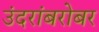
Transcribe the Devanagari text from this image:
उंदरांबरोबर